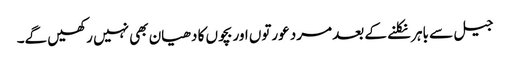
جیل سے باہر نکلنے کے بعد مرد عورتوں اور بچوں کا دھیان بھی نہیں رکھیں گے۔